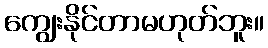
ကျွေးနိုင်တာမဟုတ်ဘူး။